Regulations for the medical services of the Army of India
Year: 1930
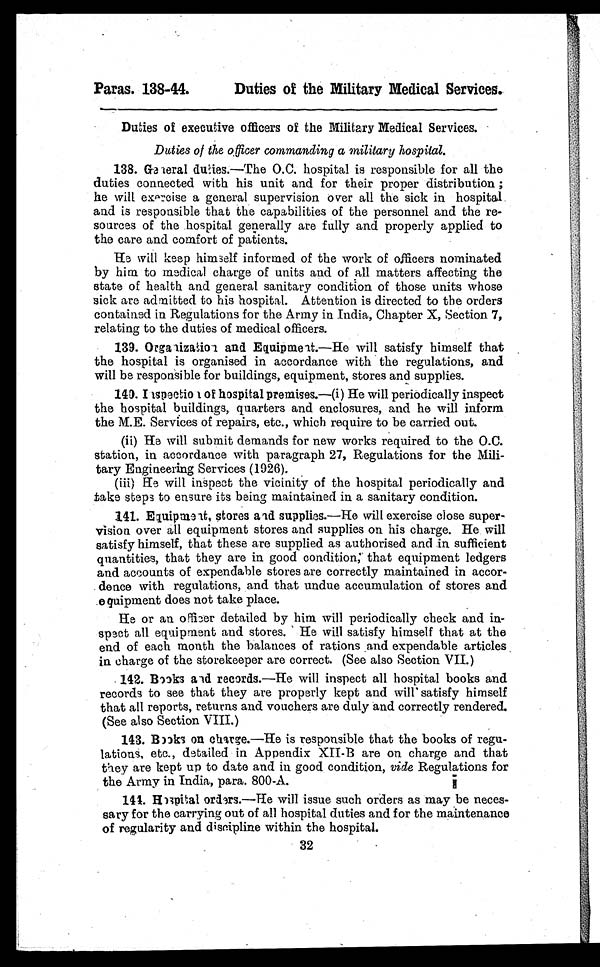
Paras. 138-44.
Duties of the Military Medical Services.
Duties of executive officers of the Military Medical Services.
Duties of the officer commanding a military hospital.
138. General duties.—The 0.C. hospital is responsible for all the
duties connected with his unit and for their proper distribution ;
he will exercise a general supervision over all the sick in hospital
and is responsible that the capabilities of the personnel and the re-
sources of the hospital generally are fully and properly applied to
the care and comfort of patients.
He will keep himself informed of the work of officers nominated
by him to medical charge of units and of all matters affecting the
state of health and general sanitary condition of those units whose
sick are admitted to his hospital. Attention is directed to the orders
contained in Regulations for the Army in India, Chapter X, Section 7,
relating to the duties of medical officers.
139. Orga and Equipment.—He will satisfy himself that
the hospital is organised in accordance with the regulations, and
will be responsible for buildings, equipment, stores and supplies.
149. I ispectioi of hospital premises.—(i) He will periodically inspect
the hospital buildings, quarters and enclosures, and he will inform
the M.E. Services of repairs, etc., which require to be carried out.
(ii) He will submit demands for new works required to the O.C.
station, in accordance with paragraph 27, Regulations for the Mili-
tary Engineering Services (1926).
(iii)
He will inspect the vicinity of the hospital periodically and
take steps to ensure its being maintained in a sanitary condition.
141. Equipment, stores and supplies.—He will exercise close super-
vision over all equipment stores and supplies on his charge. He will
satisfy himself, that these are supplied as authorised and .in sufficient
quantities, that they are in good condition, that equipment ledgers
and accounts of expendable stores are correctly maintained in accor-
donee with regulations, and that undue accumulation of stores and
e quipment does not take place.
He or an officer detailed by him will periodically check and in-
spect all equipment and stores. He will satisfy himself that at the
end of each month the balances of rations and expendable articles
in charge of the storekeeper are correct. (See also Section VII.)
142. Books and records.—He will inspect all hospital books and
records to see that they are properly kept and will' satisfy himself
that all reports, returns and vouchers are duly and correctly rendered.
(See also Section VIII.)
143. Books on charge.—He is responsible that the books of regu-
lations, etc., detailed in Appendix XII-B are on charge and that
they are kept up to date and in good condition, vide Regulations for
the Army in India, para. 800-A.
141. Hospital orders.—He will issue such orders as may be neces-
sary for the carrying out of all hospital duties and for the maintenance
of regularity and discipline within the hospital.
3 2